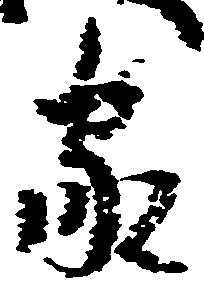
家